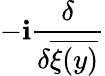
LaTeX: -\mathbf{i}\frac{{\delta}}{{\delta\overline{{{{\xi(y)}}}}}}